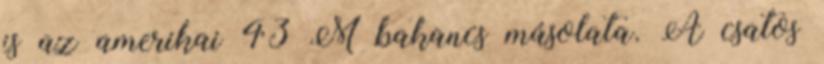
is az amerikai 43 M bakancs másolata. A csatos